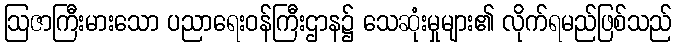
ဩဇာကြီးမားသော ပညာရေးဝန်ကြီးဌာန၌ သေဆုံးမှုများ၏ လိုက်ရမည်ဖြစ်သည်